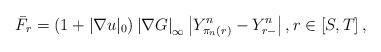
LaTeX: \begin{align*}\bar{F}_{r}=\left( 1+|\nabla u|_{0}\right) \left\vert \nabla G\right\vert_{\infty }\left\vert Y_{\pi _{n}\left( r\right) }^{n}-Y_{r-}^{n}\right\vert,r\in \left[ S,T\right] , \end{align*}